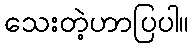
သေးတဲ့ဟာပြပါ။